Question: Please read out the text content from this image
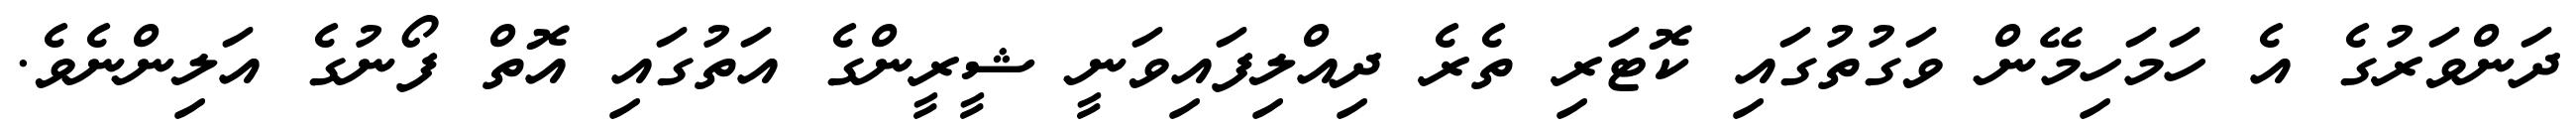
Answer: ދަންވަރުގެ އެ ހަމަހިމޭން ވަގުތުގައި ކޮޓަރި ތެރެ ދިއްލިފައިވަނީ ޝީރީންގެ އަތުގައި އޮތް ފޯނުގެ އަލިންނެވެ.